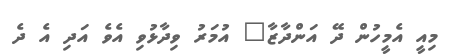
މިއީ އެމީހުން ދޭ އަންދާޒާ" އުމަރު ވިދާޅުވި އެވެ އަދި އެ ދެ